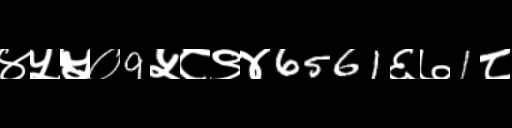
Text: ४५५०9५८९४6561६७1८